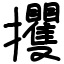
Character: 攫